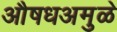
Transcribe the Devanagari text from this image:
औषधअमुळे